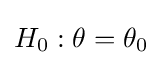
H_{0}:\theta =\theta _{0}